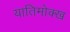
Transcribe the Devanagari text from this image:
यातिमोक्ख